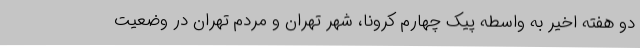
دو هفته اخیر به واسطه پیک چهارم کرونا، شهر تهران و مردم تهران در وضعیت